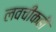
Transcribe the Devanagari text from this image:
लवचीकही